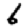
Digit: 6